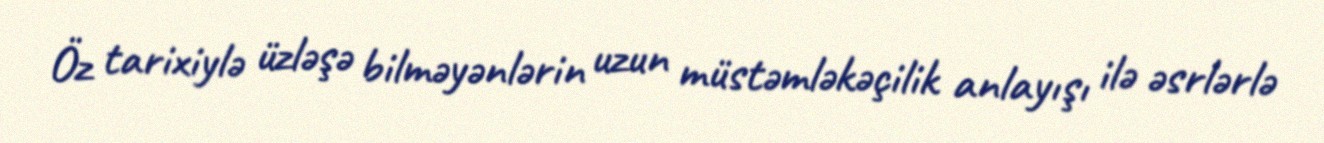
Öz tarixiylə üzləşə bilməyənlərin uzun müstəmləkəçilik anlayışı ilə əsrlərlə